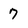
Character: 7